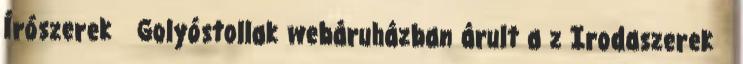
Írószerek Golyóstollak webáruházban árult a z Irodaszerek